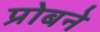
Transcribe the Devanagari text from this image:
प्रोबने